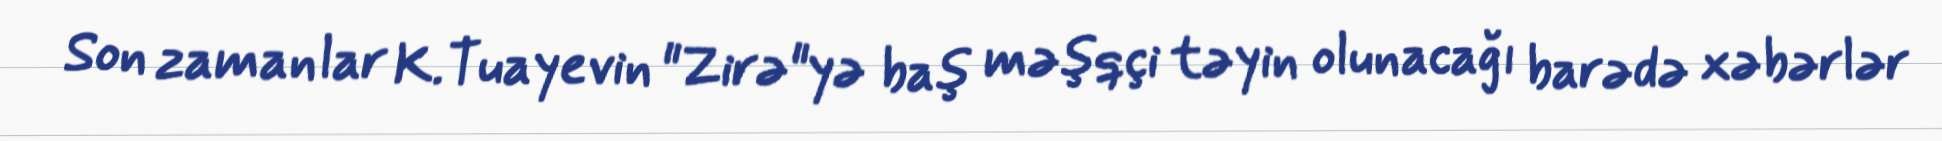
Son zamanlar K.Tuayevin "Zirə"yə baş məşqçi təyin olunacağı barədə xəbərlər